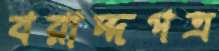
বরাদ্দপত্র